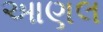
આણલ